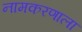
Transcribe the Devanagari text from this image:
नामकरणाला